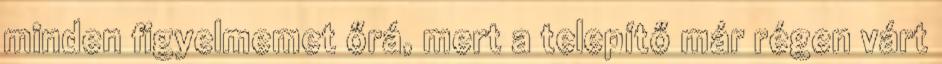
minden figyelmemet őrá, mert a telepítő már régen várt